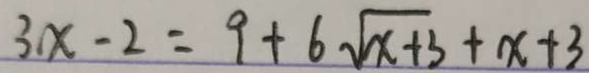
3 x - 2 = 9 + 6 \sqrt { x + 3 } + x + 3